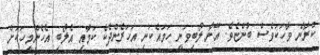
ކުރާނެ ވާހަކަވެސް ބުންޏެވެ. އޭނާ ލޯބިވަނީ ހަމައެކަނި އަހަރެންދެކެ ކަމާއި އެލޯބި އެހެންމީހަކަށް